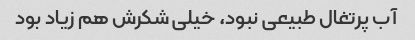
آب پرتغال طبیعی نبود، خیلی شکرش هم زیاد بود